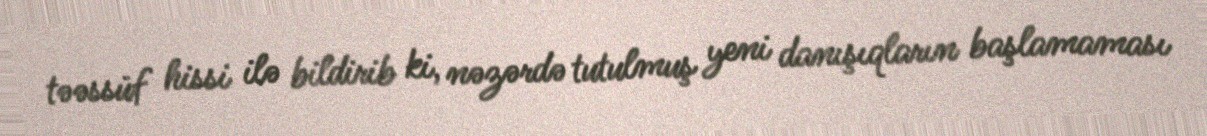
təəssüf hissi ilə bildirib ki, nəzərdə tutulmuş yeni danışıqların başlamaması